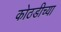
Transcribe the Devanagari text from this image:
कोठडीच्या